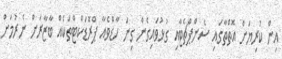
އިން ކުރިޔަށް އޮތްތާގައި ސެންޕްޗެޓާއި ގުޅުވައިގެން ގިނަ ހާޑްވެއާ ޕްރޮޑަކްޓްތަކެއް ބާޒާރަށް ނެރުމަށް